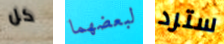
كل لبعضهما سترد